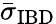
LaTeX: \bar{\sigma}_{\mathrm{IBD}}